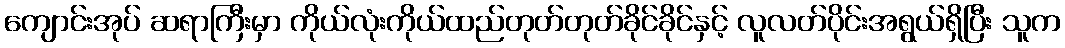
ကျောင်းအုပ် ဆရာကြီးမှာ ကိုယ်လုံးကိုယ်ထည်တုတ်တုတ်ခိုင်ခိုင်နှင့် လူလတ်ပိုင်းအရွယ်ရှိပြီး သူက